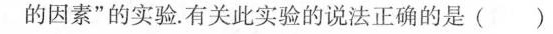
的因素”的实验。有关此实验的说法正确的是()